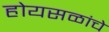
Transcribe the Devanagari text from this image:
होयसळांचे